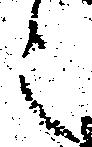
之